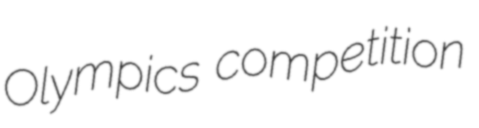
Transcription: Olympics competition